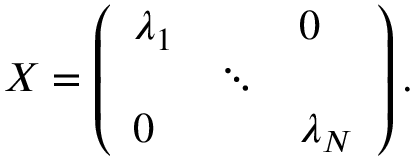
X = \left( \begin{array} { l l l } { { \lambda _ { 1 } } } & { { } } & { { 0 } } \\ { { } } & { { \ddots } } & { { } } \\ { { 0 } } & { { } } & { { \lambda _ { N } } } \end{array} \right) .